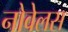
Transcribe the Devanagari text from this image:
नोवेलस